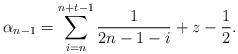
LaTeX: \begin{align*} \alpha_{n-1} = \sum\limits_{i=n}^{n+t-1} \frac{1}{2n-1-i} + z -\frac{1}{2}. \end{align*}